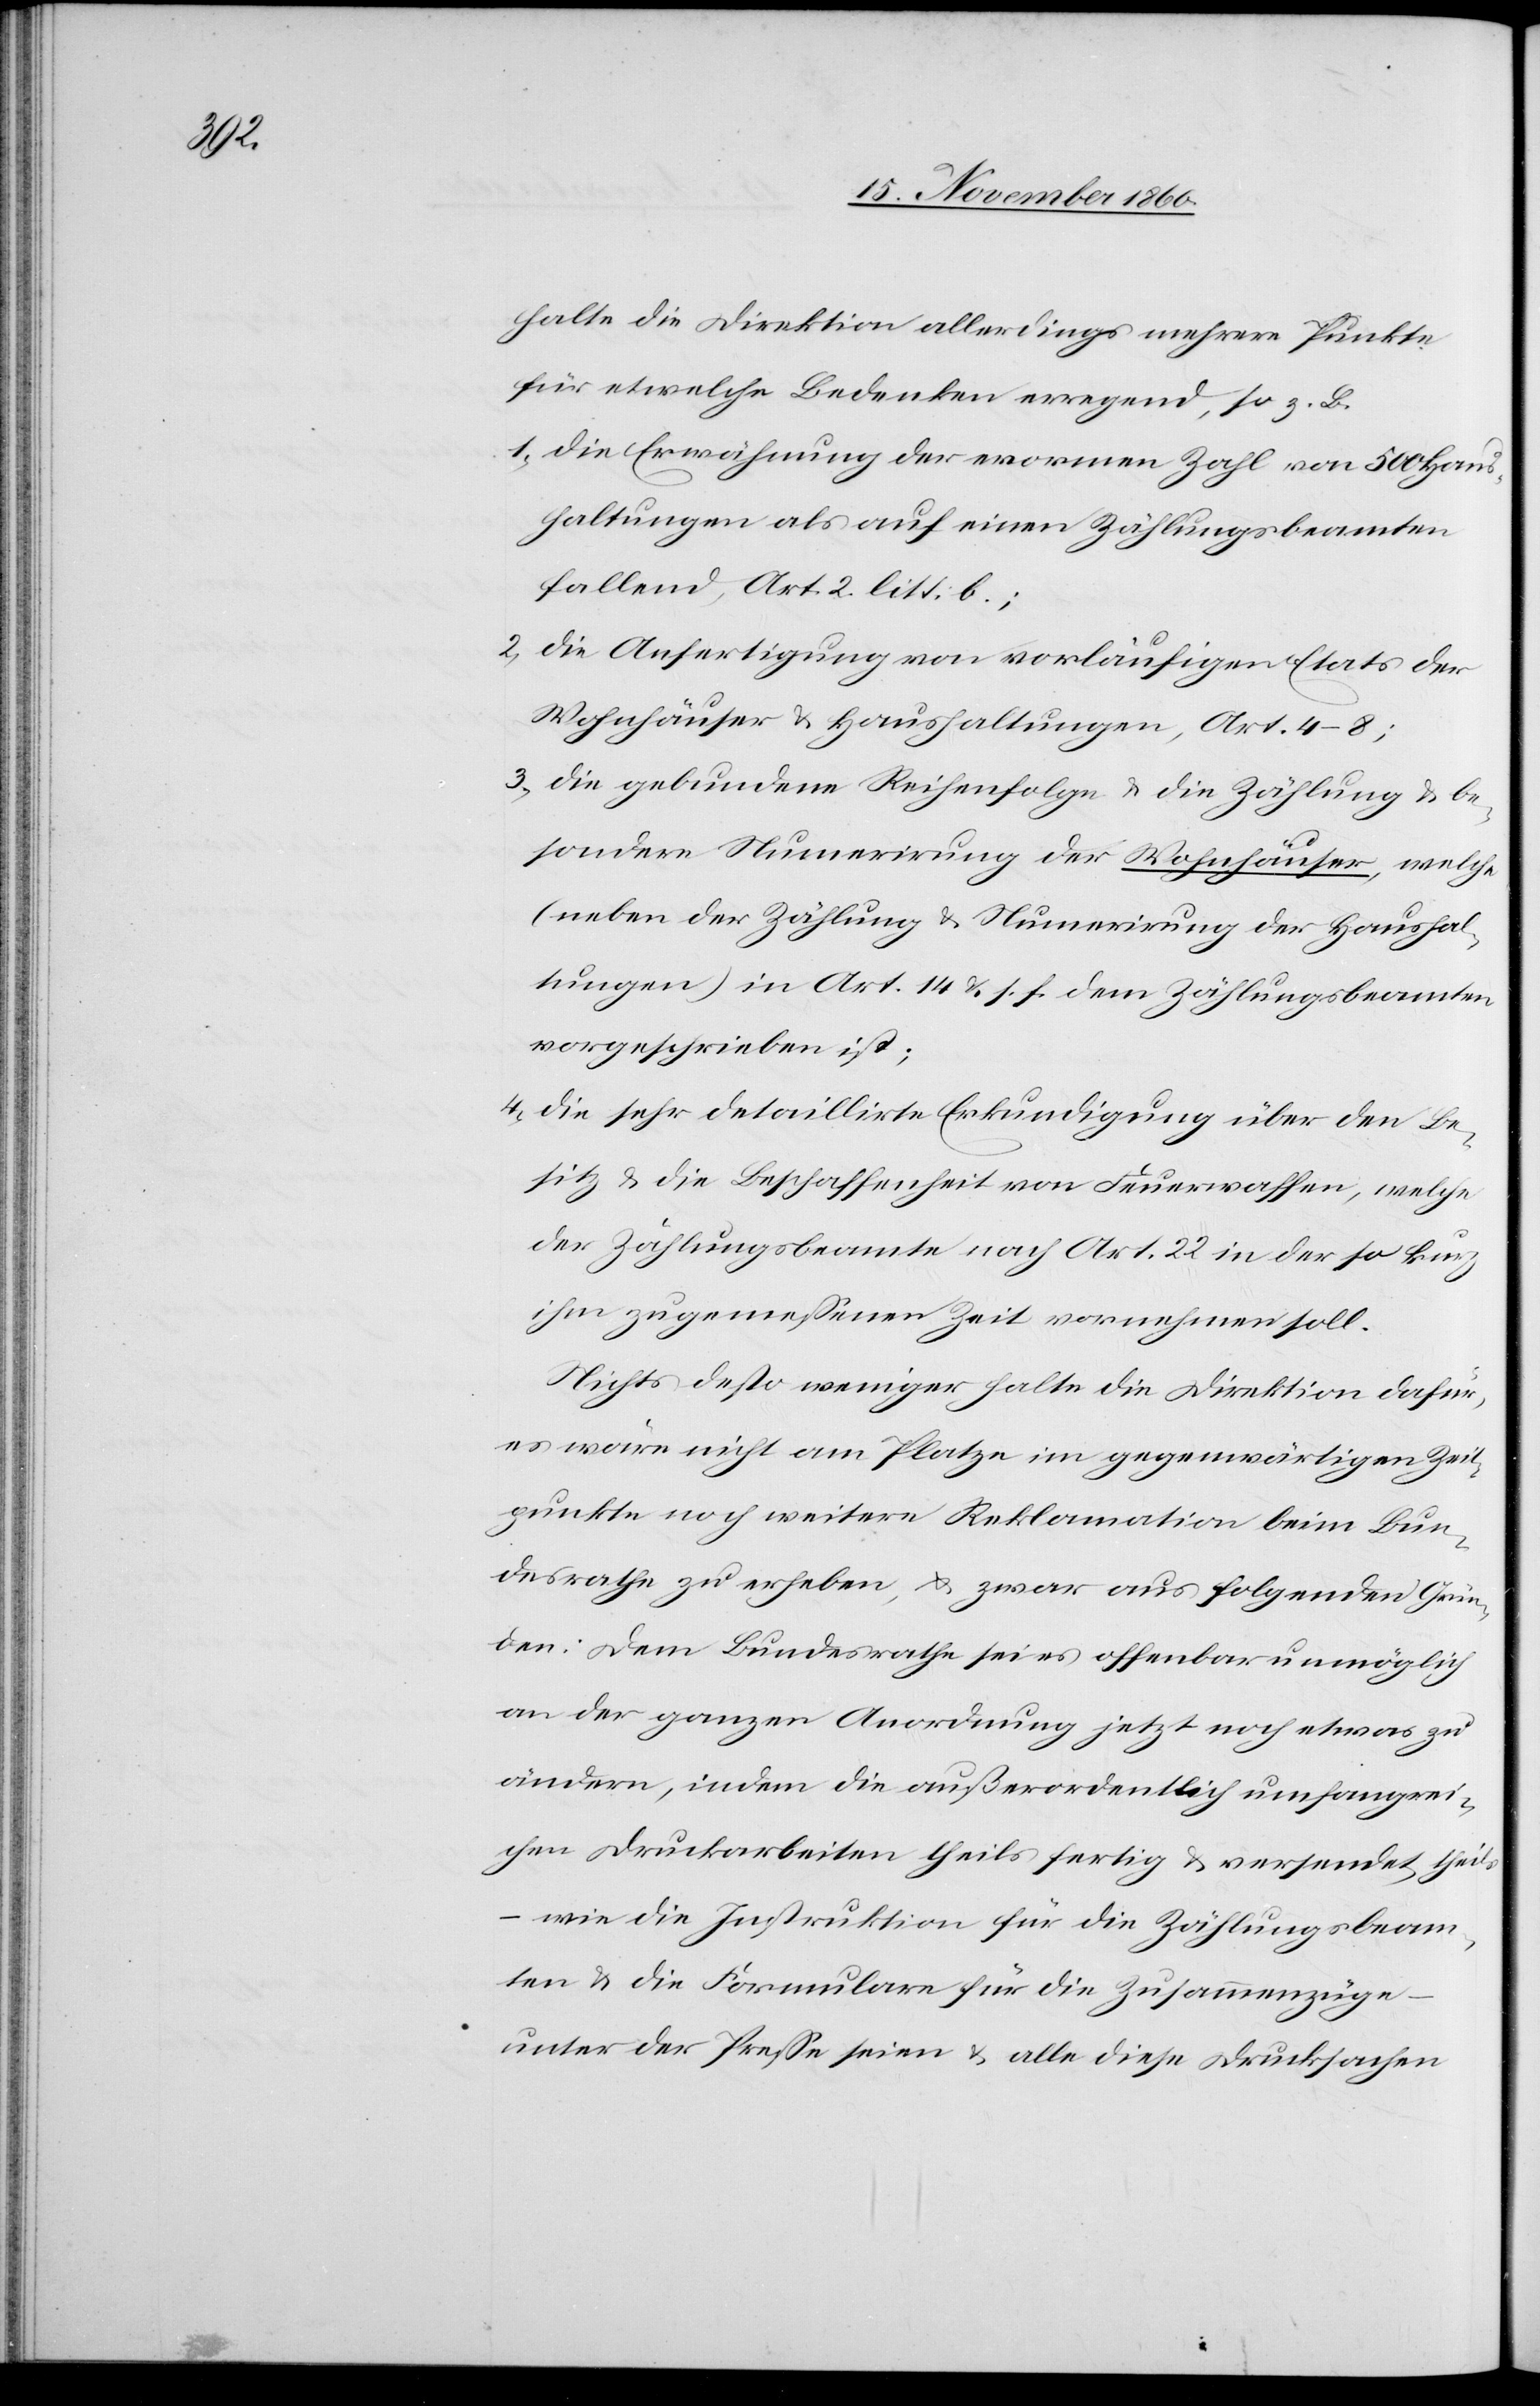
halte die Direktion allerdings mehrere Punkte
für etwelche Bedenken erregend, so z. B.
1) die Erwähnung der enormen Zahl von 500 Haus¬
haltungen als auf einen Zählungsbeamten
fallend, Art. 2 litt. b;
2) die Anfertigung von vorläufigen Etats der
Wohnhäuser u. Haushaltungen, Art. 4–8;
3) die gebundene Reihefolge u. die Zählung u. be¬
sondere Numerirung der Wohnhäuser, welche
(neben der Zählung u. Numerirung der Haushal¬
tungen) in Art. 14 u. s. f. dem Zählungsbeamten
vorgeschrieben ist;
4) die sehr detaillirte Erkundigung über den Be¬
sitz u. die Beschaffenheit von Feuerwaffen, welche
der Zählungsbeamte nach Art. 22 in der so kurz
ihm zugemessenen Zeit vornehmen soll.
Nichts desto weniger halte die Direktion dafür,
es wäre nicht am Platze im gegenwärtigen Zeit¬
punkte noch weitere Reklamation beim Bun¬
desrathe zu erheben, u. zwar aus folgenden Grün¬
den: Dem Bundesrathe sei es offenbar unmöglich
an der ganzen Anordnung jetzt noch etwas zu
ändern, indem die außerordentlich umfangrei¬
chen Druckarbeiten theils fertig u. versendet, theil¬
s –wie die Instruktion für die Zählungsbeam¬
ten u. die Formulare für die Zusammenzüge
unter der Presse seien u. alle diese Drucksachen